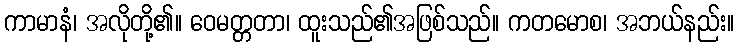
ကာမာနံ၊ အလိုတို့၏။ ဝေမတ္တတာ၊ ထူးသည်၏အဖြစ်သည်။ ကတမောစ၊ အဘယ်နည်း။